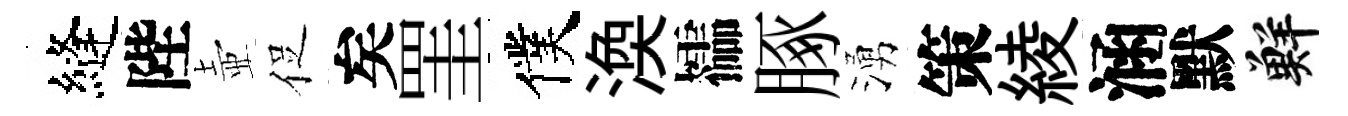
縫陛壺促矣罣僕渙櫺䐁湧策綾涵默鮮